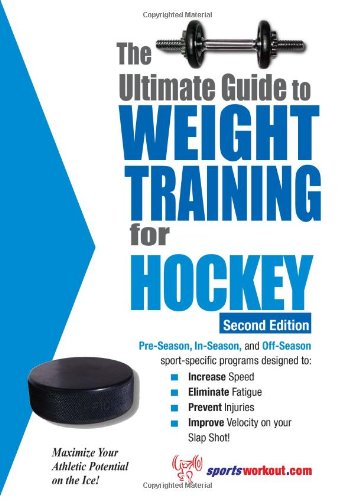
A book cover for Ultimate Guide to Weight Training for Hockey (Ultimate Guide to Weight Training: Hockey); Rob Price; Sports & Outdoors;